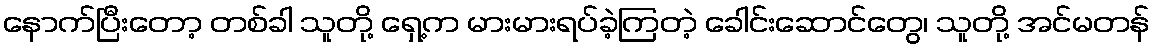
နောက်ပြီးတော့ တစ်ခါ သူတို့ ရှေ့က မားမားရပ်ခဲ့ကြတဲ့ ခေါင်းဆောင်တွေ၊ သူတို့ အင်မတန်